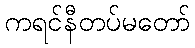
ကရင်နီတပ်မတော်